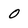
Character: 0